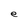
Character: e